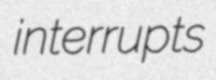
interrupts